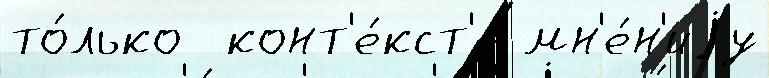
то́лько  конт'е́кст'е мн'е́н'иjу